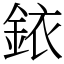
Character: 銥